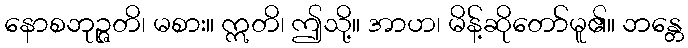
နောစဘုဉ္ဇတိ၊ မစား။ ဣတိ၊ ဤသို့။ အာဟ၊ မိန့်ဆိုတော်မူ၏။ ဘန္တေ